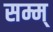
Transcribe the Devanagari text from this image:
सम्म्